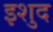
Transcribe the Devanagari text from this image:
इशुद